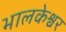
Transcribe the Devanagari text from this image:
भालकेश्वर